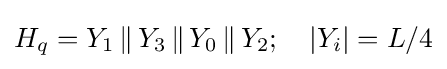
H_{q}=Y_{1}\,\|\,Y_{3}\,\|\,Y_{0}\,\|\,Y_{2};\quad |Y_{i}|=L/4